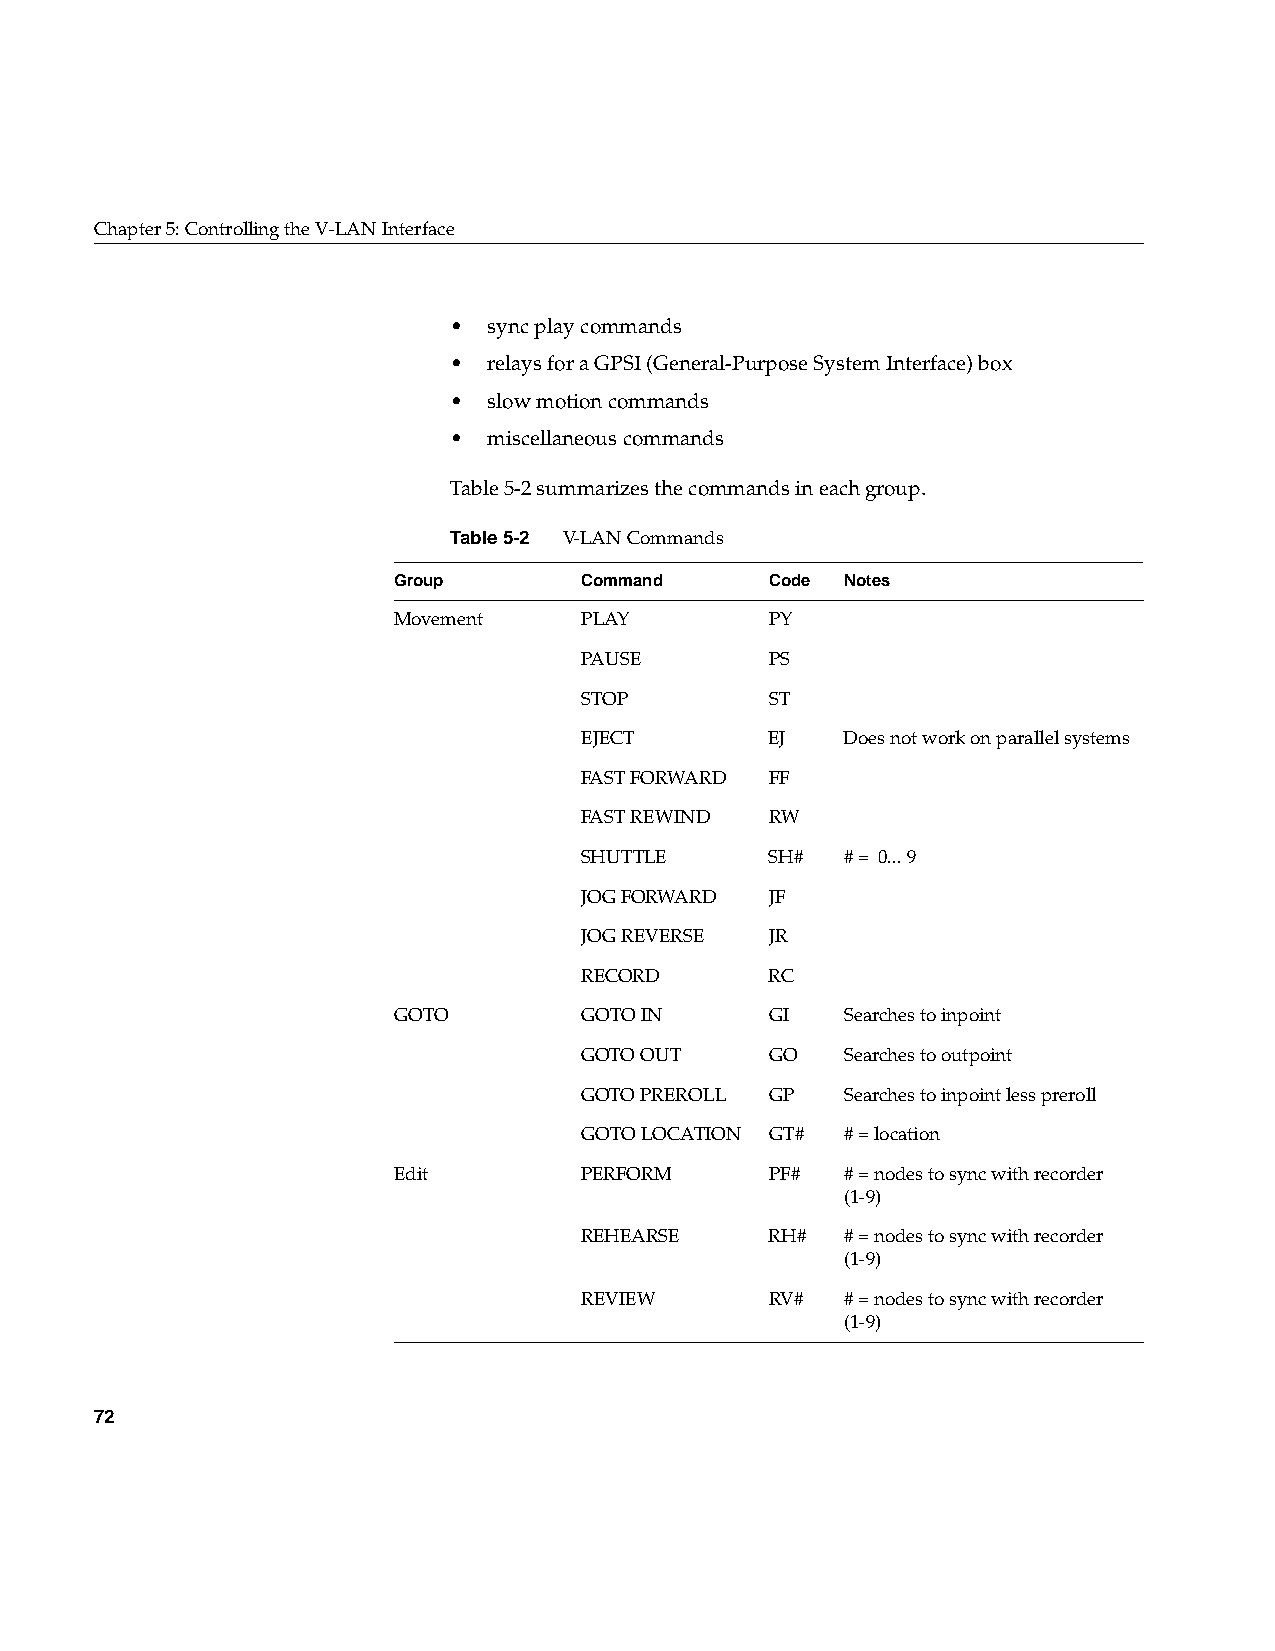
Chapter5: Controlling the V-LAN Interface
 • sync play commands
 • relays for a GPSI (General-Purpose System Interface) box
 • slow motion commands
 • miscellaneous commands
 Table5-2 summarizes the commands in each group.
 Table5-2 V-LAN Commands
 Group       Command      Code Notes
 Movement    PLAY         PY
 PAUSE        PS
 STOP         ST
 EJECT        EJ   Does not work on parallel systems
 FAST FORWARD FF
 FAST REWIND  RW
 SHUTTLE      SH#  # = 0...9
 JOG FORWARD  JF
 JOG REVERSE  JR
 RECORD       RC
 GOTO        GOTO IN      GI   Searches to inpoint
 GOTO OUT     GO   Searches to outpoint
 GOTO PREROLL GP   Searches to inpoint less preroll
 GOTO LOCATION GT# # = location
 Edit        PERFORM      PF#  # = nodes to sync with recorder
 (1-9)
 REHEARSE     RH#  # = nodes to sync with recorder
 (1-9)
 REVIEW       RV#  # = nodes to sync with recorder
 (1-9)
 72